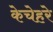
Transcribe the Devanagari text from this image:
केचेहरे